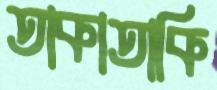
তাকাতাকি